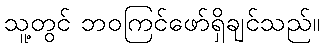
သူ့တွင် ဘဝကြင်ဖော်ရှိချင်သည်။